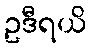
ဥဒီရယိ